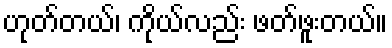
ဟုတ်တယ်၊ ကိုယ်လည်း ဖတ်ဖူးတယ်။